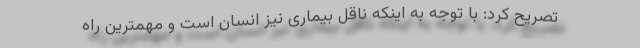
تصریح کرد: با توجه به اینکه ناقل بیماری نیز انسان است و مهمترین راه